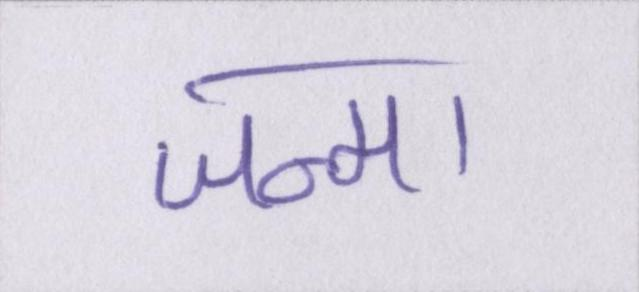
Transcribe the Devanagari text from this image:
जन्मा